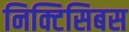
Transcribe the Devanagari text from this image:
निक्टिसिबस